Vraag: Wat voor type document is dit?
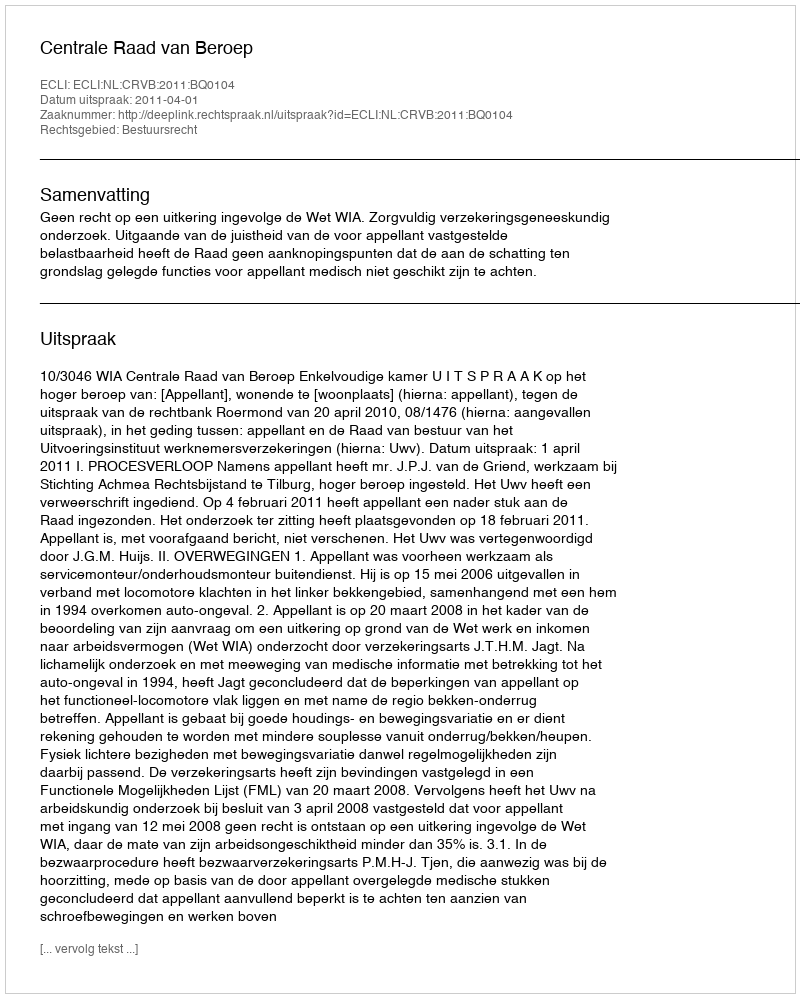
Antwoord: Uitspraak